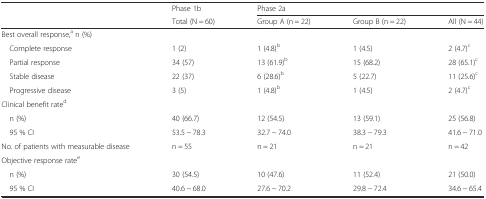
<table><thead><tr><td rowspan="2"></td><td><b>Phase 1b</b></td><td colspan="3"><b>Phase 2a</b></td></tr><tr><td><b>Total (N = 60)</b></td><td><b>Group A (n = 22)</b></td><td><b>Group B (n = 22)</b></td><td><b>All (N = 44)</b></td></tr></thead><tbody><tr><td>Best overall response,<sup>a</sup> n (%)</td><td></td><td></td><td></td><td></td></tr><tr><td> Complete response</td><td>1 (2)</td><td>1 (4.8)<sup>b</sup></td><td>1 (4.5)</td><td>2 (4.7)<sup>c</sup></td></tr><tr><td> Partial response</td><td>34 (57)</td><td>13 (61.9)<sup>b</sup></td><td>15 (68.2)</td><td>28 (65.1)<sup>c</sup></td></tr><tr><td> Stable disease</td><td>22 (37)</td><td>6 (28.6)<sup>b</sup></td><td>5 (22.7)</td><td>11 (25.6)<sup>c</sup></td></tr><tr><td> Progressive disease</td><td>3 (5)</td><td>1 (4.8)<sup>b</sup></td><td>1 (4.5)</td><td>2 (4.7)<sup>c</sup></td></tr><tr><td>Clinical benefit rate<sup>d</sup></td><td></td><td></td><td></td><td></td></tr><tr><td> n (%)</td><td>40 (66.7)</td><td>12 (54.5)</td><td>13 (59.1)</td><td>25 (56.8)</td></tr><tr><td> 95 % CI</td><td>53.5 − 78.3</td><td>32.7 − 74.0</td><td>38.3 − 79.3</td><td>41.6 − 71.0</td></tr><tr><td>No. of patients with measurable disease</td><td>n = 55</td><td>n = 21</td><td>n = 21</td><td>n = 42</td></tr><tr><td>Objective response rate<sup>e</sup></td><td></td><td></td><td></td><td></td></tr><tr><td> n (%)</td><td>30 (54.5)</td><td>10 (47.6)</td><td>11 (52.4)</td><td>21 (50.0)</td></tr><tr><td> 95 % CI</td><td>40.6 − 68.0</td><td>27.6 − 70.2</td><td>29.8 − 72.4</td><td>34.6 − 65.4</td></tr></tbody></table>